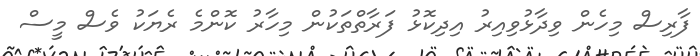
ފާރިސް މިހެން ވިދާޅުވިއިރު އިދިކޮޅު ފަރާތްތަކުން މިހާރު ކޮންމެ ރެޔަކު ވެސް މީސް